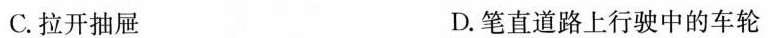
C.拉开抽屉 D.笔直道路上行驶中的车轮